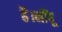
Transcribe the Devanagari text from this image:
है।नींबू